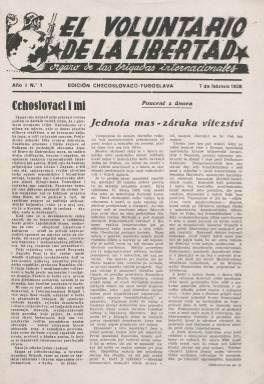
Título: El Voluntario de la libertad (Ed. checoslovaco-yugoslava)
Colección: Guerra civil || Periódicos
Ámbito geográfico: Barcelona
Lugar de publicación: Barcelona
Fechas: 07/02/1938-07/02/1938